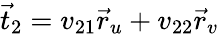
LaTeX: {\vec{t}}_{2}=v_{21}{\vec{r}}_{u}+v_{22}{\vec{r}}_{v}